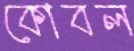
কোবল